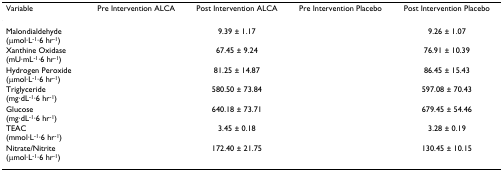
<table><thead><tr><td><b>Variable</b></td><td><b>Pre Intervention ALCA</b></td><td><b>Post Intervention ALCA</b></td><td><b>Pre Intervention Placebo</b></td><td><b>Post Intervention Placebo</b></td></tr></thead><tbody><tr><td>Malondialdehyde(μmol·L<sup>-1</sup>·6 hr<sup>-1</sup>)</td><td>[EMPTY_CELL]</td><td>9.39 ± 1.17</td><td>[EMPTY_CELL]</td><td>9.26 ± 1.07</td></tr><tr><td>Xanthine Oxidase(mU·mL<sup>-1</sup>·6 hr<sup>-1</sup>)</td><td>[EMPTY_CELL]</td><td>67.45 ± 9.24</td><td>[EMPTY_CELL]</td><td>76.91 ± 10.39</td></tr><tr><td>Hydrogen Peroxide(μmol·L<sup>-1</sup>·6 hr<sup>-1</sup>)</td><td>[EMPTY_CELL]</td><td>81.25 ± 14.87</td><td>[EMPTY_CELL]</td><td>86.45 ± 15.43</td></tr><tr><td>Triglyceride(mg·dL<sup>-1</sup>·6 hr<sup>-1</sup>)</td><td>[EMPTY_CELL]</td><td>580.50 ± 73.84</td><td>[EMPTY_CELL]</td><td>597.08 ± 70.43</td></tr><tr><td>Glucose(mg·dL<sup>-1</sup>·6 hr<sup>-1</sup>)</td><td>[EMPTY_CELL]</td><td>640.18 ± 73.71</td><td>[EMPTY_CELL]</td><td>679.45 ± 54.46</td></tr><tr><td>TEAC(mmol·L<sup>-1</sup>·6 hr<sup>-1</sup>)</td><td>[EMPTY_CELL]</td><td>3.45 ± 0.18</td><td>[EMPTY_CELL]</td><td>3.28 ± 0.19</td></tr><tr><td>Nitrate/Nitrite(μmol·L<sup>-1</sup>·6 hr<sup>-1</sup>)</td><td>[EMPTY_CELL]</td><td>172.40 ± 21.75</td><td>[EMPTY_CELL]</td><td>130.45 ± 10.15</td></tr></tbody></table>